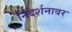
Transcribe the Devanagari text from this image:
निदर्शनावर